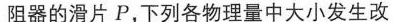
阻器的滑片P，下列各物理量中大小发生改